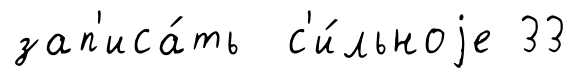
зап'иса́ть с'и́льноjе 33